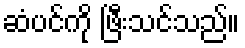
ဆံပင်ကို ဖြီးသင်သည်။